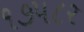
૧૭પ૮ર